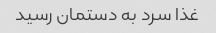
غذا سرد به دستمان رسید